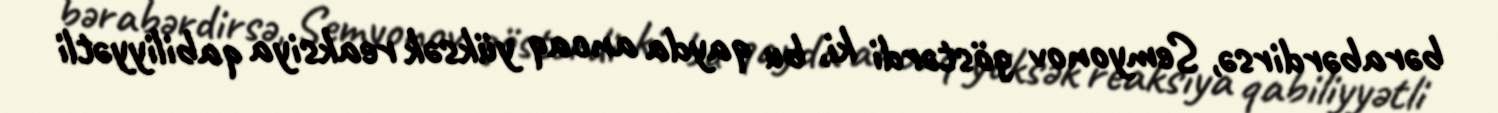
bərabərdirsə, Semyonov göstərdi ki, bu qayda ancaq yüksək reaksiya qabiliyyətli